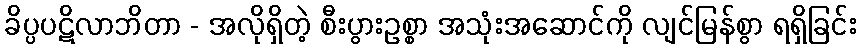
ခိပ္ပပဋိလာဘိတာ - အလိုရှိတဲ့ စီးပွားဥစ္စာ အသုံးအဆောင်ကို လျင်မြန်စွာ ရရှိခြင်း